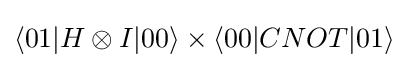
\langle 01|H\otimes I|00\rangle \times \langle 00|CNOT|01\rangle